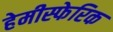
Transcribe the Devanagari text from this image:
हेमीस्फेरिक